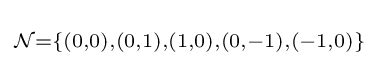
\scriptstyle {\mathcal {N}}=\{(0,0),(0,1),(1,0),(0,-1),(-1,0)\}